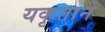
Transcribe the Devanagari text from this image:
यकृताने